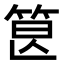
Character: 𥭷